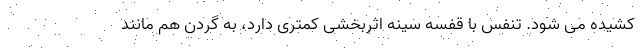
کشیده می شود. تنفس با قفسه سینه اثربخشی کمتری دارد، به گردن هم مانند